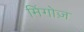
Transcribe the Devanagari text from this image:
मिंगोज़